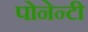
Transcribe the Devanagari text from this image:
पोनेन्टी